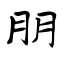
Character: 朋